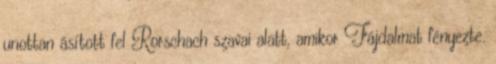
unottan ásított fel Rorschach szavai alatt, amikor Fájdalmat fényezte.